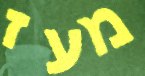
מעז